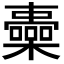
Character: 𣟏